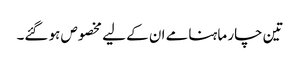
تین چار ماہنامے ان کے لیے مخصوص ہو گئے۔